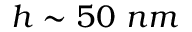
h \sim 5 0 \ n m